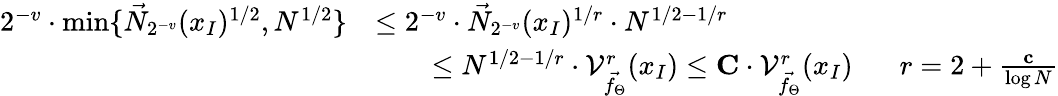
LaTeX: \begin{array}{rl}{2^{-v}\cdot\operatorname*{min}\{ \vec{N}_{2^{-v}}(x_{I})^{1/2},N^{1/2}\} }&{\leq 2^{-v}\cdot\vec{N}_{2^{-v}}(x_{I})^{1/r}\cdot N^{1/2-1/r}}\\ &{\qquad\leq N^{1/2-1/r}\cdot\mathcal{V}_{\vec{f_{\Theta}}}^{r}(x_{I})\leq\mathbf{C}\cdot\mathcal{V}_{\vec{f_{\Theta}}}^{r}(x_{I})\; \; \; \; \; \; r=2+\frac{\mathbf{c}}{\log N}}\end{array}